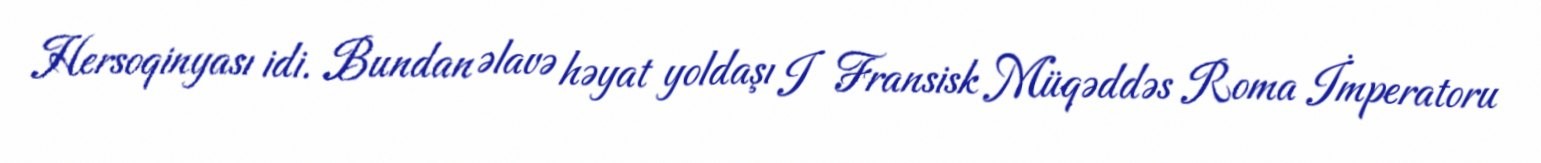
Hersoqinyası idi. Bundan əlavə həyat yoldaşı I Fransisk Müqəddəs Roma İmperatoru